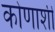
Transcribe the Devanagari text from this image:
कोणाशी